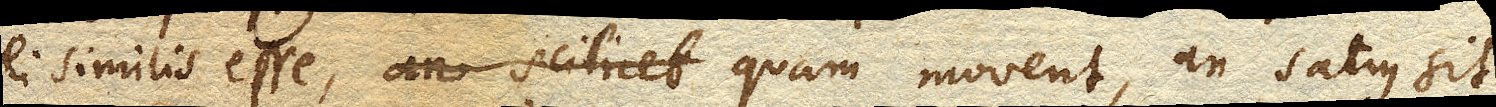
ei similis esse, an scilicet quam movent, an satius sit